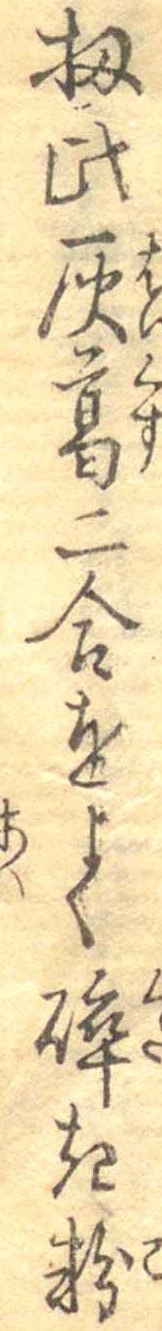
扨此灰葛二合をよく砕き粉